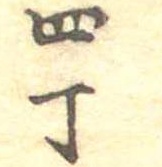
四丁